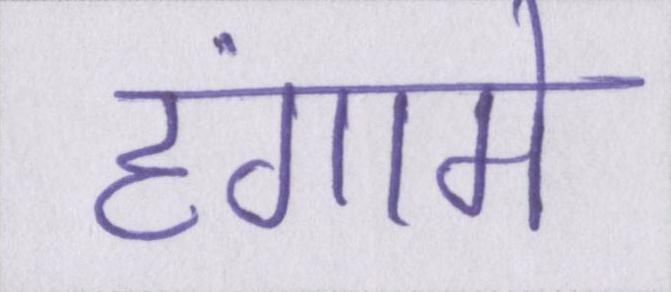
हंगामे